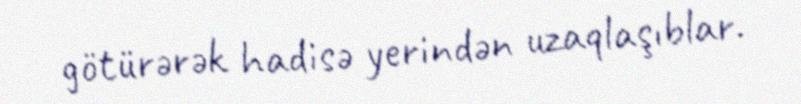
götürərək hadisə yerindən uzaqlaşıblar.